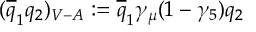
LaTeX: ( \overline { { { q } } } _ { 1 } q _ { 2 } ) _ { V - A } : = \overline { { { q } } } _ { 1 } \gamma _ { \mu } ( 1 - \gamma _ { 5 } ) q _ { 2 }